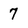
Character: 7